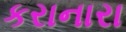
કરાનારા